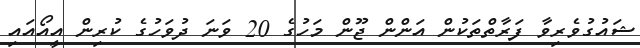
ޝައުގުވެރިވާ ފަރާތްތަކުން އަންން ޖޫން މަހުގެ 20 ވަނަ ދުވަހުގެ ކުރިން އީއޯއައި